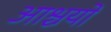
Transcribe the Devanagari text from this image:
आश्चयों